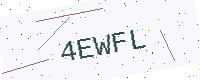
Text: 4EWFL